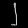
Digit: ၂